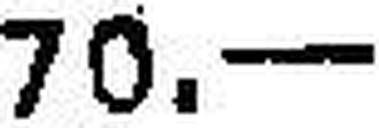
70.—